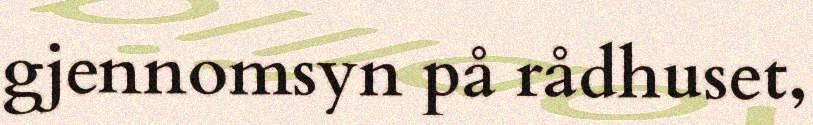
gjennomsyn på rådhuset,